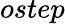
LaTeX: ostep